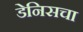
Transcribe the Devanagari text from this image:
डेनिसचा